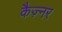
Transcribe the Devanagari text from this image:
कैज़्नर